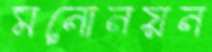
মনোনয়ন